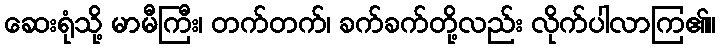
ဆေးရုံသို့ မာမီကြီး၊ တက်တက်၊ ခက်ခက်တို့လည်း လိုက်ပါလာကြ၏။